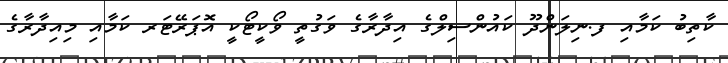
ކާތިބު ކަމާއި ފ.ނިލަންދޫ ކައުންސިލްގެ އިދާރާގެ ވަގުތީ ވޯކީޓޯކީ އޮޕަރޭޓަރ ކަމާއި މިއިދާރާގެ